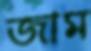
জাম